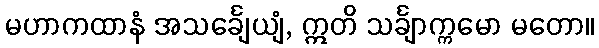
မဟာကထာနံ အသင်္ချေယျံ, ဣတိ သင်္ချာက္ကမော မတော။